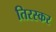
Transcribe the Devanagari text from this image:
तिरस्कर